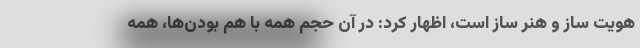
هویت ساز و هنر ساز است، اظهار کرد: در آن حجمِ همه با هم بودن‌ها، همه